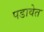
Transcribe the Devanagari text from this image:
पडावेत